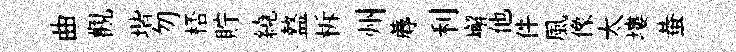
曲觀堦勿桮貯繞盩柝州蓐利嶰他件風像太塿蛬